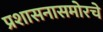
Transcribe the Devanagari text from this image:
प्रशासनासमोरचे